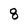
Character: 8